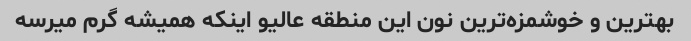
بهترین و خوشمزه‌ترین نون این منطقه عالیو اینکه همیشه گرم میرسه